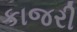
કાજરી